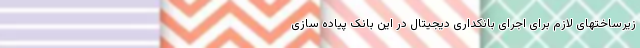
زیرساختهای لازم برای اجرای بانکداری دیجیتال در این بانک پیاده سازی